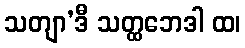
သတျာ’ဒီ သတ္ထဘေဒါ ထ၊